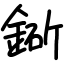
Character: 䤺